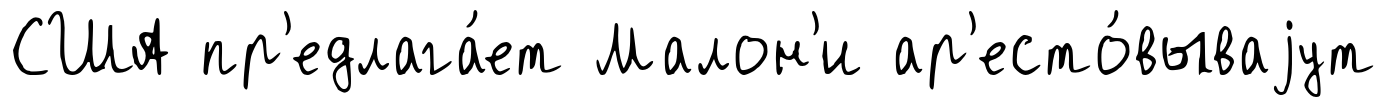
США пр'едлага́ет Малон'и ар'есто́вываjут